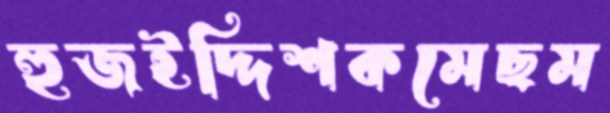
হুজইদ্দিশকমেছম